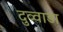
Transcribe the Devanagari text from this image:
दुव्वाडा